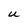
Character: U